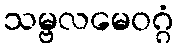
သမ္ဗလမေဝဂ္ဂံ